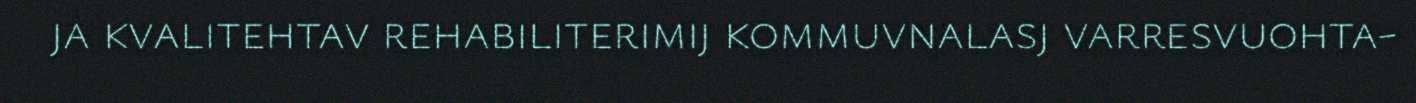
ja kvalitehtav rehabiliterimij kommuvnalasj varresvuohta-